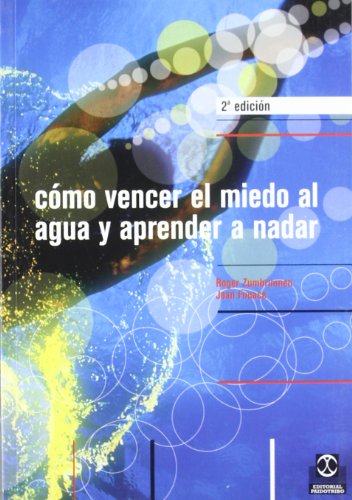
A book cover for Como Vencer El Miedo Al Agua (Spanish Edition); Roger Zumbrunnen; Sports & Outdoors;